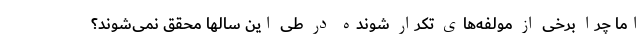
اما چرا برخی از مولفه‌های تکرار شونده در طی این سالها محقق نمی‌شوند؟